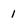
Character: 1